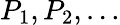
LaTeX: P_{1},P_{2},\ldots